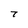
Character: 7